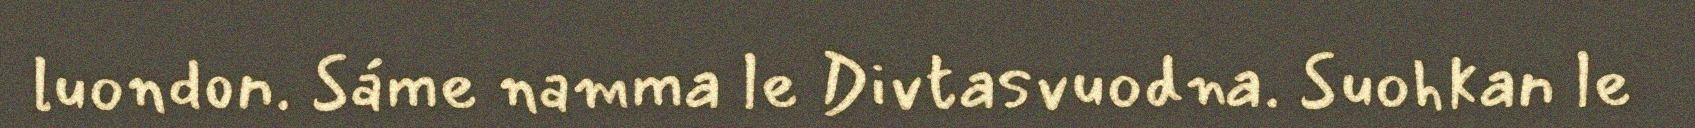
luondon. Sáme namma le Divtasvuodna. Suohkan le